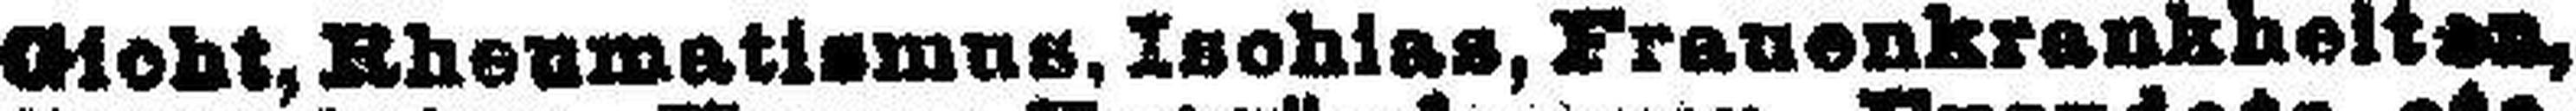
Gicht, Rheumatismus, Ischias, Frauenkrankheiten,